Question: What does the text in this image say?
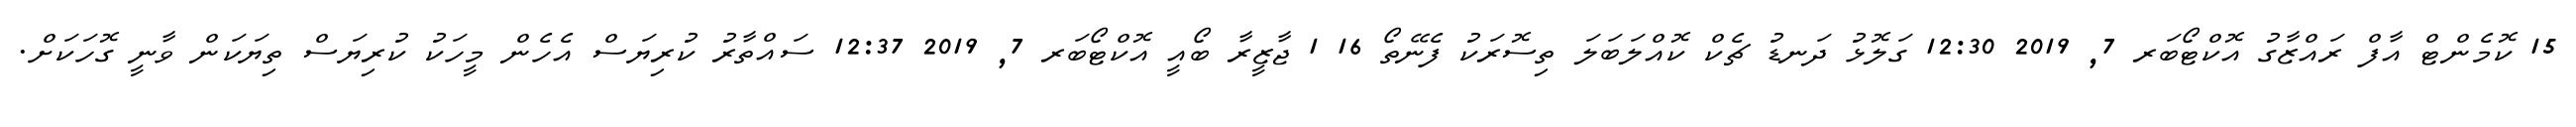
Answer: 15 ކޮމެންޓް އާފް ރައްޒާގު އޮކްޓޯބަރ 7, 2019 12:30 ގަލޮޅު ދަނޑު ޗެކް ކޮއްލަބަލަ ތިސޮރަކު ފެނޭތޯ 16 1 ޖާޒީރާ ބޯއީ އޮކްޓޯބަރ 7, 2019 12:37 ސައްތާރު ކުރިޔަސް އެހެން މީހަކު ކުރިޔަސް ތިޔަކަން ވާނީ ގޮހަކަށް.